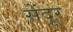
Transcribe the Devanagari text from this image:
सेंदूर